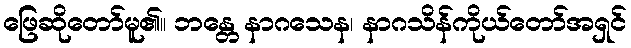
ဖြေဆိုတော်မူ၏။ ဘန္တေ နာဂသေန၊ နာဂသိန်ကိုယ်တော်အရှင်